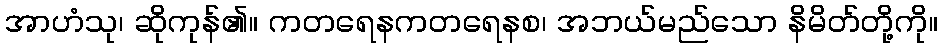
အာဟံသု၊ ဆိုကုန်၏။ ကတရေနကတရေနစ၊ အဘယ်မည်သော နိမိတ်တို့ကို။